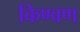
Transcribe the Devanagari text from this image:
किण्वण